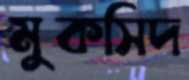
মুকসিদ